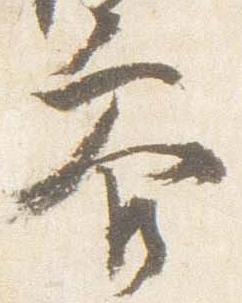
参